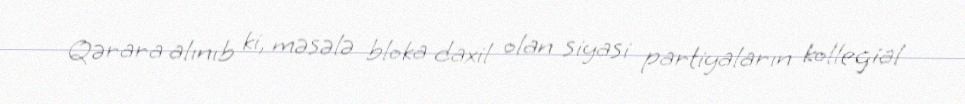
Qərara alınıb ki, məsələ bloka daxil olan siyasi partiyaların kollegial